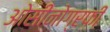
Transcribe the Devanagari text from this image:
ओसीनोग्रफी